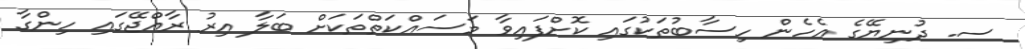
ސ. ދުނިޔޭގެ އެހެން ހިސާބުތަކުގައި ކޮށްފައިވާ މަސައްކަތްތަކަށް ބަލާ އިރު ރާއްޖޭގައި ހިންގާ